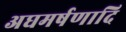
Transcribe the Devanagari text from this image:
अघमर्षणादि